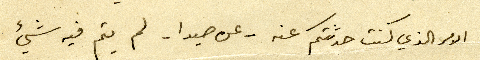
الامر الذي كنت حدثتكم عنه - عن صيدا - لم يتم فيه شيئ